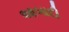
આબાદી